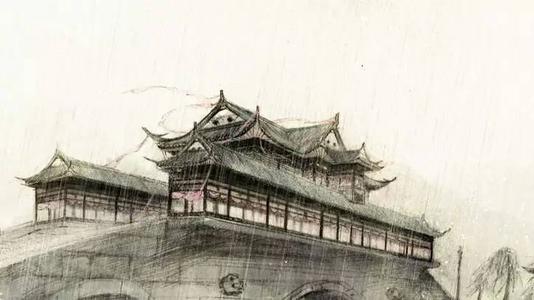
千古风流八咏楼，江山留与后人愁。